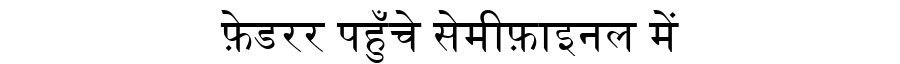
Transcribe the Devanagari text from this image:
फ़ेडरर पहुँचे सेमीफ़ाइनल में